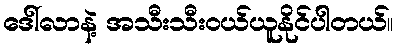
ဒေါ်လာနဲ့ အသီးသီးဝယ်ယူနိုင်ပါတယ်။